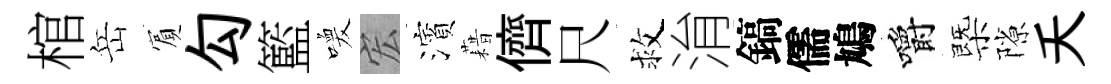
棺岳賔勾籃喚宏濱藉儕尺救㳙鎬儒鳩嚼㮣隙夭